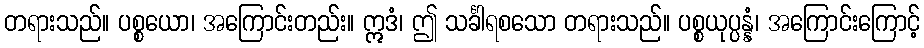
တရားသည်။ ပစ္စယော၊ အကြောင်းတည်း။ ဣဒံ၊ ဤ သင်္ခါရစသော တရားသည်။ ပစ္စယုပ္ပန္နံ၊ အကြောင်းကြောင့်